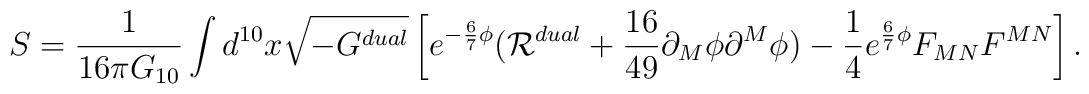
S={1\over{16\pi G_{10}}}\int d^{10}x\sqrt{-G^{dual}}\left[e^{-{6\over 7}\phi}({\cal R}^{dual}+{{16}\over {49}}\partial_M\phi\partial^M\phi)-{1\over 4}e^{{6\over 7}\phi}F_{MN}F^{MN}\right].